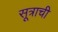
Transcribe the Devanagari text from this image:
सूत्राची